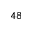
^ { 4 8 }